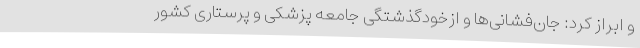
و ابراز کرد: جان‌فشانی‌ها و ازخودگذشتگی جامعه پزشکی و پرستاری کشور